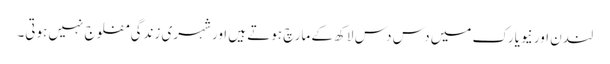
لندن اور نیویارک میں دس دس لاکھ کے مارچ ہوتے ہیں اور شہری زندگی مفلوج نہیں ہوتی۔